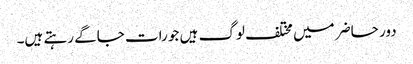
دور حاضر میں مختلف لوگ ہیں جو رات جاگے رہتے ہیں۔